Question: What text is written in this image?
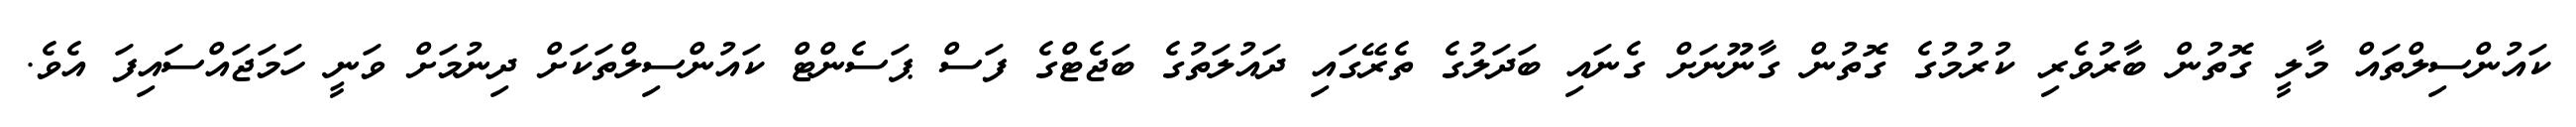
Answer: ކައުންސިލްތައް މާލީ ގޮތުން ބާރުވެރި ކުރުމުގެ ގޮތުން ގާނޫނަށް ގެނައި ބަދަލުގެ ތެރޭގައި ދައުލަތުގެ ބަޖެޓްގެ ފަސް ޕަސެންޓް ކައުންސިލްތަކަށް ދިނުމަށް ވަނީ ހަމަޖައްސައިފަ އެވެ.